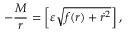
- \frac { M } { r } = \left[ \varepsilon \sqrt { f ( r ) + \dot { r } ^ { 2 } } \right] ,